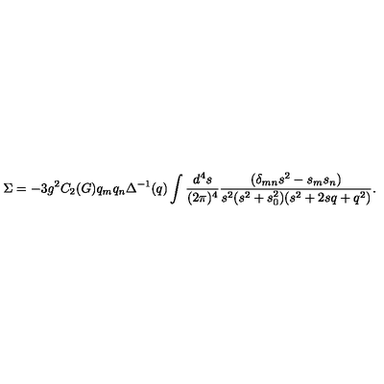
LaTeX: \Sigma = - 3 g ^ { 2 } C _ { 2 } ( G ) q _ { m } q _ { n } \Delta ^ { - 1 } ( q ) \int \frac { d ^ { 4 } s } { ( 2 \pi ) ^ { 4 } } \frac { ( \delta _ { m n } s ^ { 2 } - s _ { m } s _ { n } ) } { s ^ { 2 } ( s ^ { 2 } + s _ { 0 } ^ { 2 } ) ( s ^ { 2 } + 2 s q + q ^ { 2 } ) } .